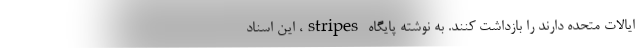
ایالات متحده دارند را بازداشت کنند. به نوشته پایگاه stripes، این اسناد